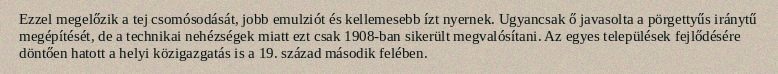
Ezzel megelőzik a tej csomósodását, jobb emulziót és kellemesebb ízt nyernek. Ugyancsak ő javasolta a pörgettyűs iránytű megépítését, de a technikai nehézségek miatt ezt csak 1908-ban sikerült megvalósítani. Az egyes települések fejlődésére döntően hatott a helyi közigazgatás is a 19. század második felében.